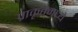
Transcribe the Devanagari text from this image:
प्राकृतमध्ये